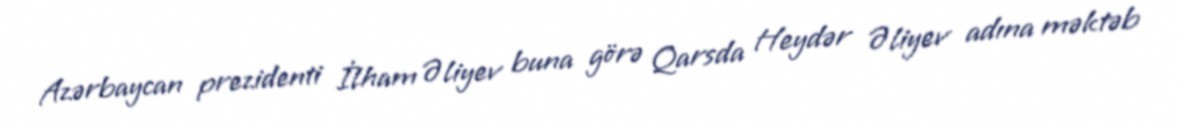
Azərbaycan prezidenti İlham Əliyev buna görə Qarsda Heydər Əliyev adına məktəb